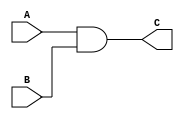
/******************************************************************
* Description
*		This is an AND gate:
* Version:
*	1.0
* Author:
*	MSc. Jos Luis Pizano Escalante
* Date:
*	01/03/2014
******************************************************************/
module ANDGate
(
	input A,
	input B,
	output reg C
);

always@(*)
	C = A & B;

endmodule